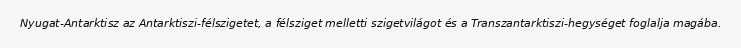
Nyugat-Antarktisz az Antarktiszi-félszigetet, a félsziget melletti szigetvilágot és a Transzantarktiszi-hegységet foglalja magába.